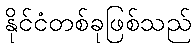
နိုင်ငံတစ်ခုဖြစ်သည်